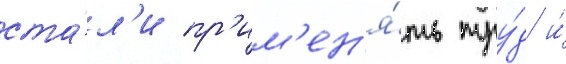
ста́л'и пр'им'ен'я́ть тру́д и́